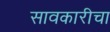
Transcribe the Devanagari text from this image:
सावकारीचा